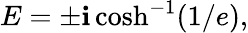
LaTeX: E=\pm\mathbf{i}\cosh^{-1}(1/e),